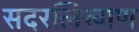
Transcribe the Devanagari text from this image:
सदरलिखाण